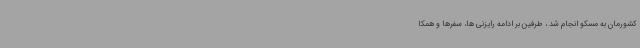
کشورمان به مسکو انجام شد ، طرفین بر ادامه رایزنی ها، سفرها و همکا